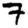
Digit: 7